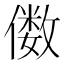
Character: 𫣫